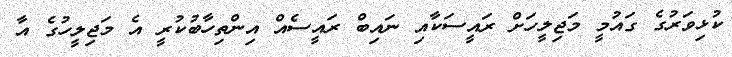
ކުޅިވަރުގެ ގައުމީ މަޖިލީހަށް ރައީސަކާއި ނައިބް ރައީސެއް އިންތިހާބުކުރީ އެ މަޖިލީހުގެ އާ